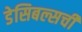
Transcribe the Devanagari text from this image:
डेसिबल्सची